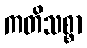
ကတိသစ္စာ